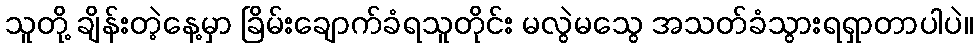
သူတို့ ချိန်းတဲ့နေ့မှာ ခြိမ်းချောက်ခံရသူတိုင်း မလွဲမသွေ အသတ်ခံသွားရရှာတာပါပဲ။